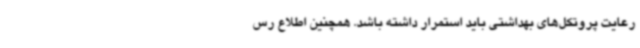
رعایت پروتکل‌های بهداشتی باید استمرار داشته باشد. همچنین اطلاع رس